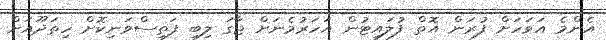
އެންމެ އަވަހަށް ފުރަން އޮތް ފުލައިޓުން އަހަރުމެނަށް ޖާގަ ލިބި ފަތިސްވަނިކޮށް ހިތަދޫއަށް